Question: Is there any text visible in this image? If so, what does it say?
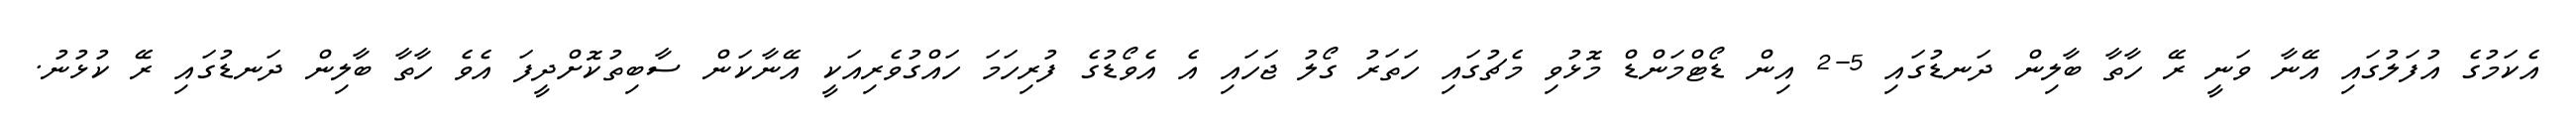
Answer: އެކަމުގެ އުފަލުގައި އޭނާ ވަނީ ރޭ ހާތާ ބާލިން ދަނޑުގައި 5-2 އިން ޑޯޓްމަންޑް މޮޅުވި މެޗުގައި ހަތަރު ގޯލު ޖަހައި އެ އެވޯޑުގެ ފުރިހަމަ ހައްގުވެރިއަކީ އޭނާކަން ސާބިތުކޮށްދީފަ އެވެ ހާތާ ބާލިން ދަނޑުގައި ރޭ ކުޅުނު.